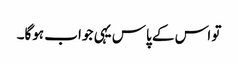
تو اس کے پاس یہی جواب ہوگا۔